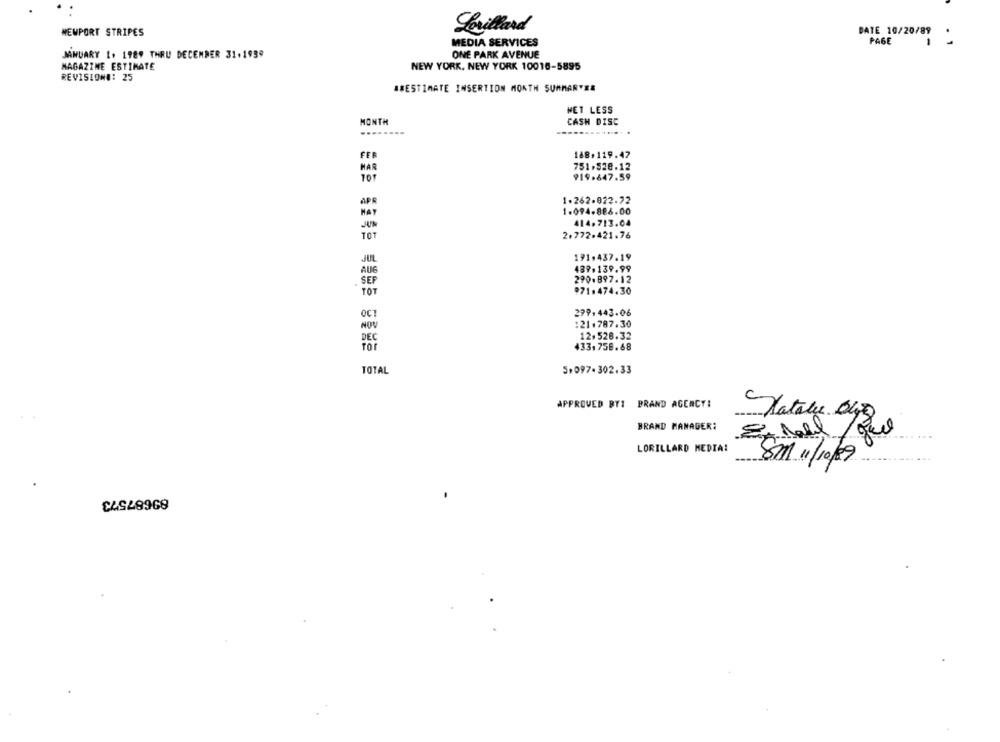
Lorillard
DATE 10/20/89
NEWPORT STRIPES
MEDIA SERVICES
PAGE
1
JANUARY 1. 1989 THRU DECEMBER 31.1959
ONE PARK AVENUE
MAGAZINE ESTIMATE
NEW YORK, NEW YORK 10016-5895
REVISIONE: 25
##ESTIMATE INSERTION MONTH SUMMARYER
HET LESS
MONTH
CASH DISC
---
148.119.47
FEB
MAR
751.828.12
919.647.59
APR
1.262-822.72
HAY
1.094-886.00
414.713.04
-
2.772.421.76
JUL
191.437.19
437.139.99
AUG
SEP
290.897.12
#71.474.30
TOT
279.443.06
OCT
NOV
:21.787.30
12.528.32
PEC
433.758.68
TOTAL
5.097-302.33
APPROVED BY: BRAND AGENCY:
BRAND MANAGER:
de
LORILLARD MEDIA:
8m 11/10/09
89687573